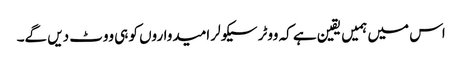
اس میں ہمیں یقین ہے کہ ووٹر سیکولر امیدواروں کو ہی ووٹ دیں گے۔